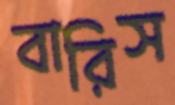
বারিস